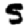
Digit: 5